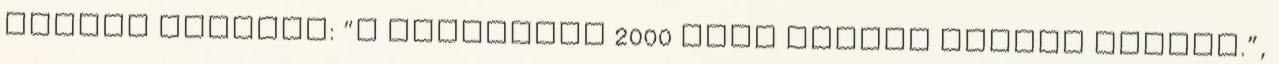
mindig mondani: “A Taekwondo 2000 éves múltra tekint vissza.”,